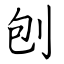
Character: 刨